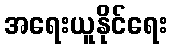
အရေးယူနိုင်ရေး